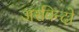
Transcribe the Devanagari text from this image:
अरविन्दो